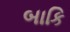
બાકિ